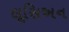
લૂસિઅન